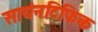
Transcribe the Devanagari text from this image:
सायंनटिफिक